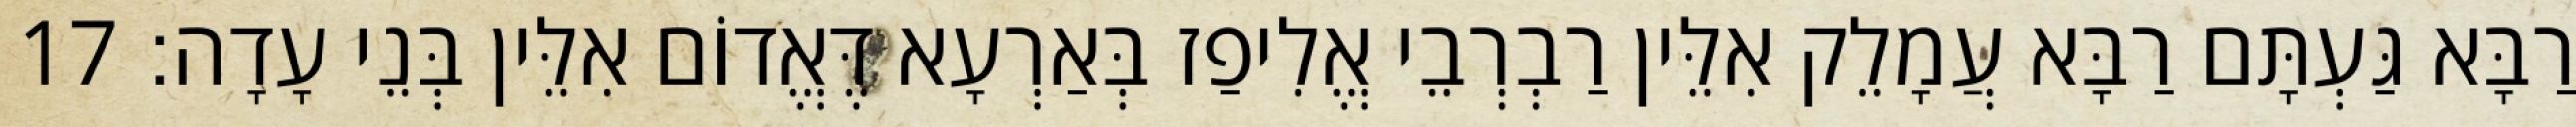
רַבָּא גַּעְתָּם רַבָּא עֲמָלֵק אִלֵּין רַבְרְבֵי אֱלִיפַז בְּאַרְעָא דֶּאֱדוֹם אִלֵּין בְּנֵי עָדָה׃ 17